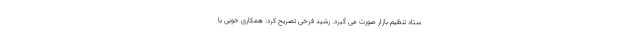
ستاد تنظیم بازار صورت می گیرد. رشید فرخی تصریح کرد: همکاری خوبی با